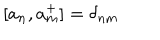
LaTeX: [ a _ { n } , a _ { m } ^ { + } ] = \delta _ { n m }